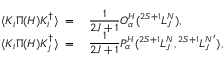
\begin{array} { r l } { { \langle { \cal K } _ { i } \Pi ( H ) { \cal K } _ { i } ^ { \dagger } \rangle \; = \; } } & { { { \displaystyle { \frac { 1 } { 2 J + 1 } } } { \cal O } _ { \alpha } ^ { H } ( { } ^ { 2 S + 1 } L _ { J } ^ { N } ) , } } \\ { { \langle { \cal K } _ { i } \Pi ( H ) { \cal K } _ { j } ^ { \dagger } \rangle \; = \; } } & { { { \displaystyle { \frac { 1 } { 2 J + 1 } } } { \cal P } _ { \alpha } ^ { H } ( { } ^ { 2 S + 1 } L _ { J } ^ { N } , { } ^ { 2 S + 1 } L _ { J } ^ { N ^ { \prime } } ) , } } \end{array}